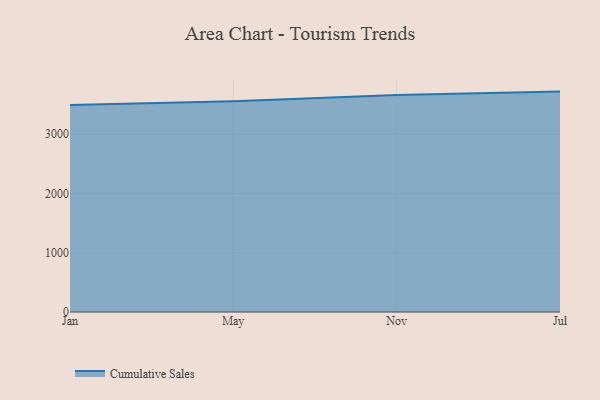
{"axis": {"x": "Month", "y": "LTV (USD)"}, "legend": ["Cumulative Sales"], "data": [{"x": "Jan", "y": 3494.4, "type": "Cumulative Sales"}, {"x": "May", "y": 3557.5, "type": "Cumulative Sales"}, {"x": "Nov", "y": 3662.0, "type": "Cumulative Sales"}, {"x": "Jul", "y": 3718.8, "type": "Cumulative Sales"}]}